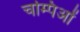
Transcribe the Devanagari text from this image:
चम्पिओं